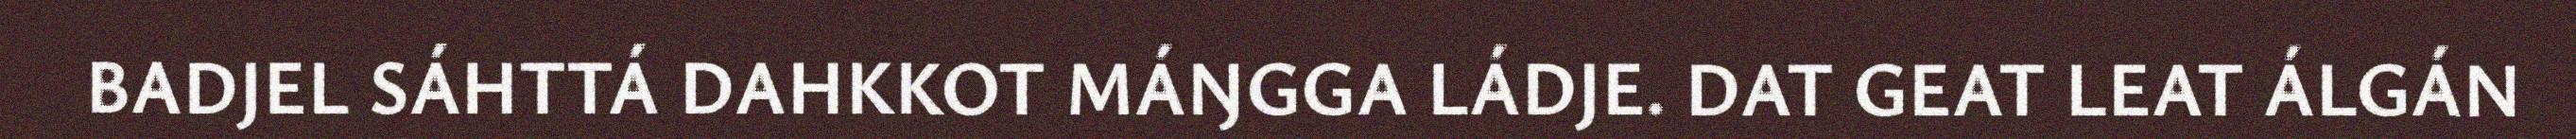
BADJEL SÁHTTÁ DAHKKOT MÁŊGGA LÁDJE. DAT GEAT LEAT ÁLGÁN